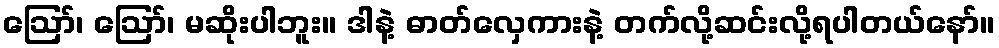
ဪ၊ ဪ၊ မဆိုးပါဘူး။ ဒါနဲ့ ဓာတ်လှေကားနဲ့ တက်လို့ဆင်းလို့ရပါတယ်နော်။